Veski_algkool, lk 18
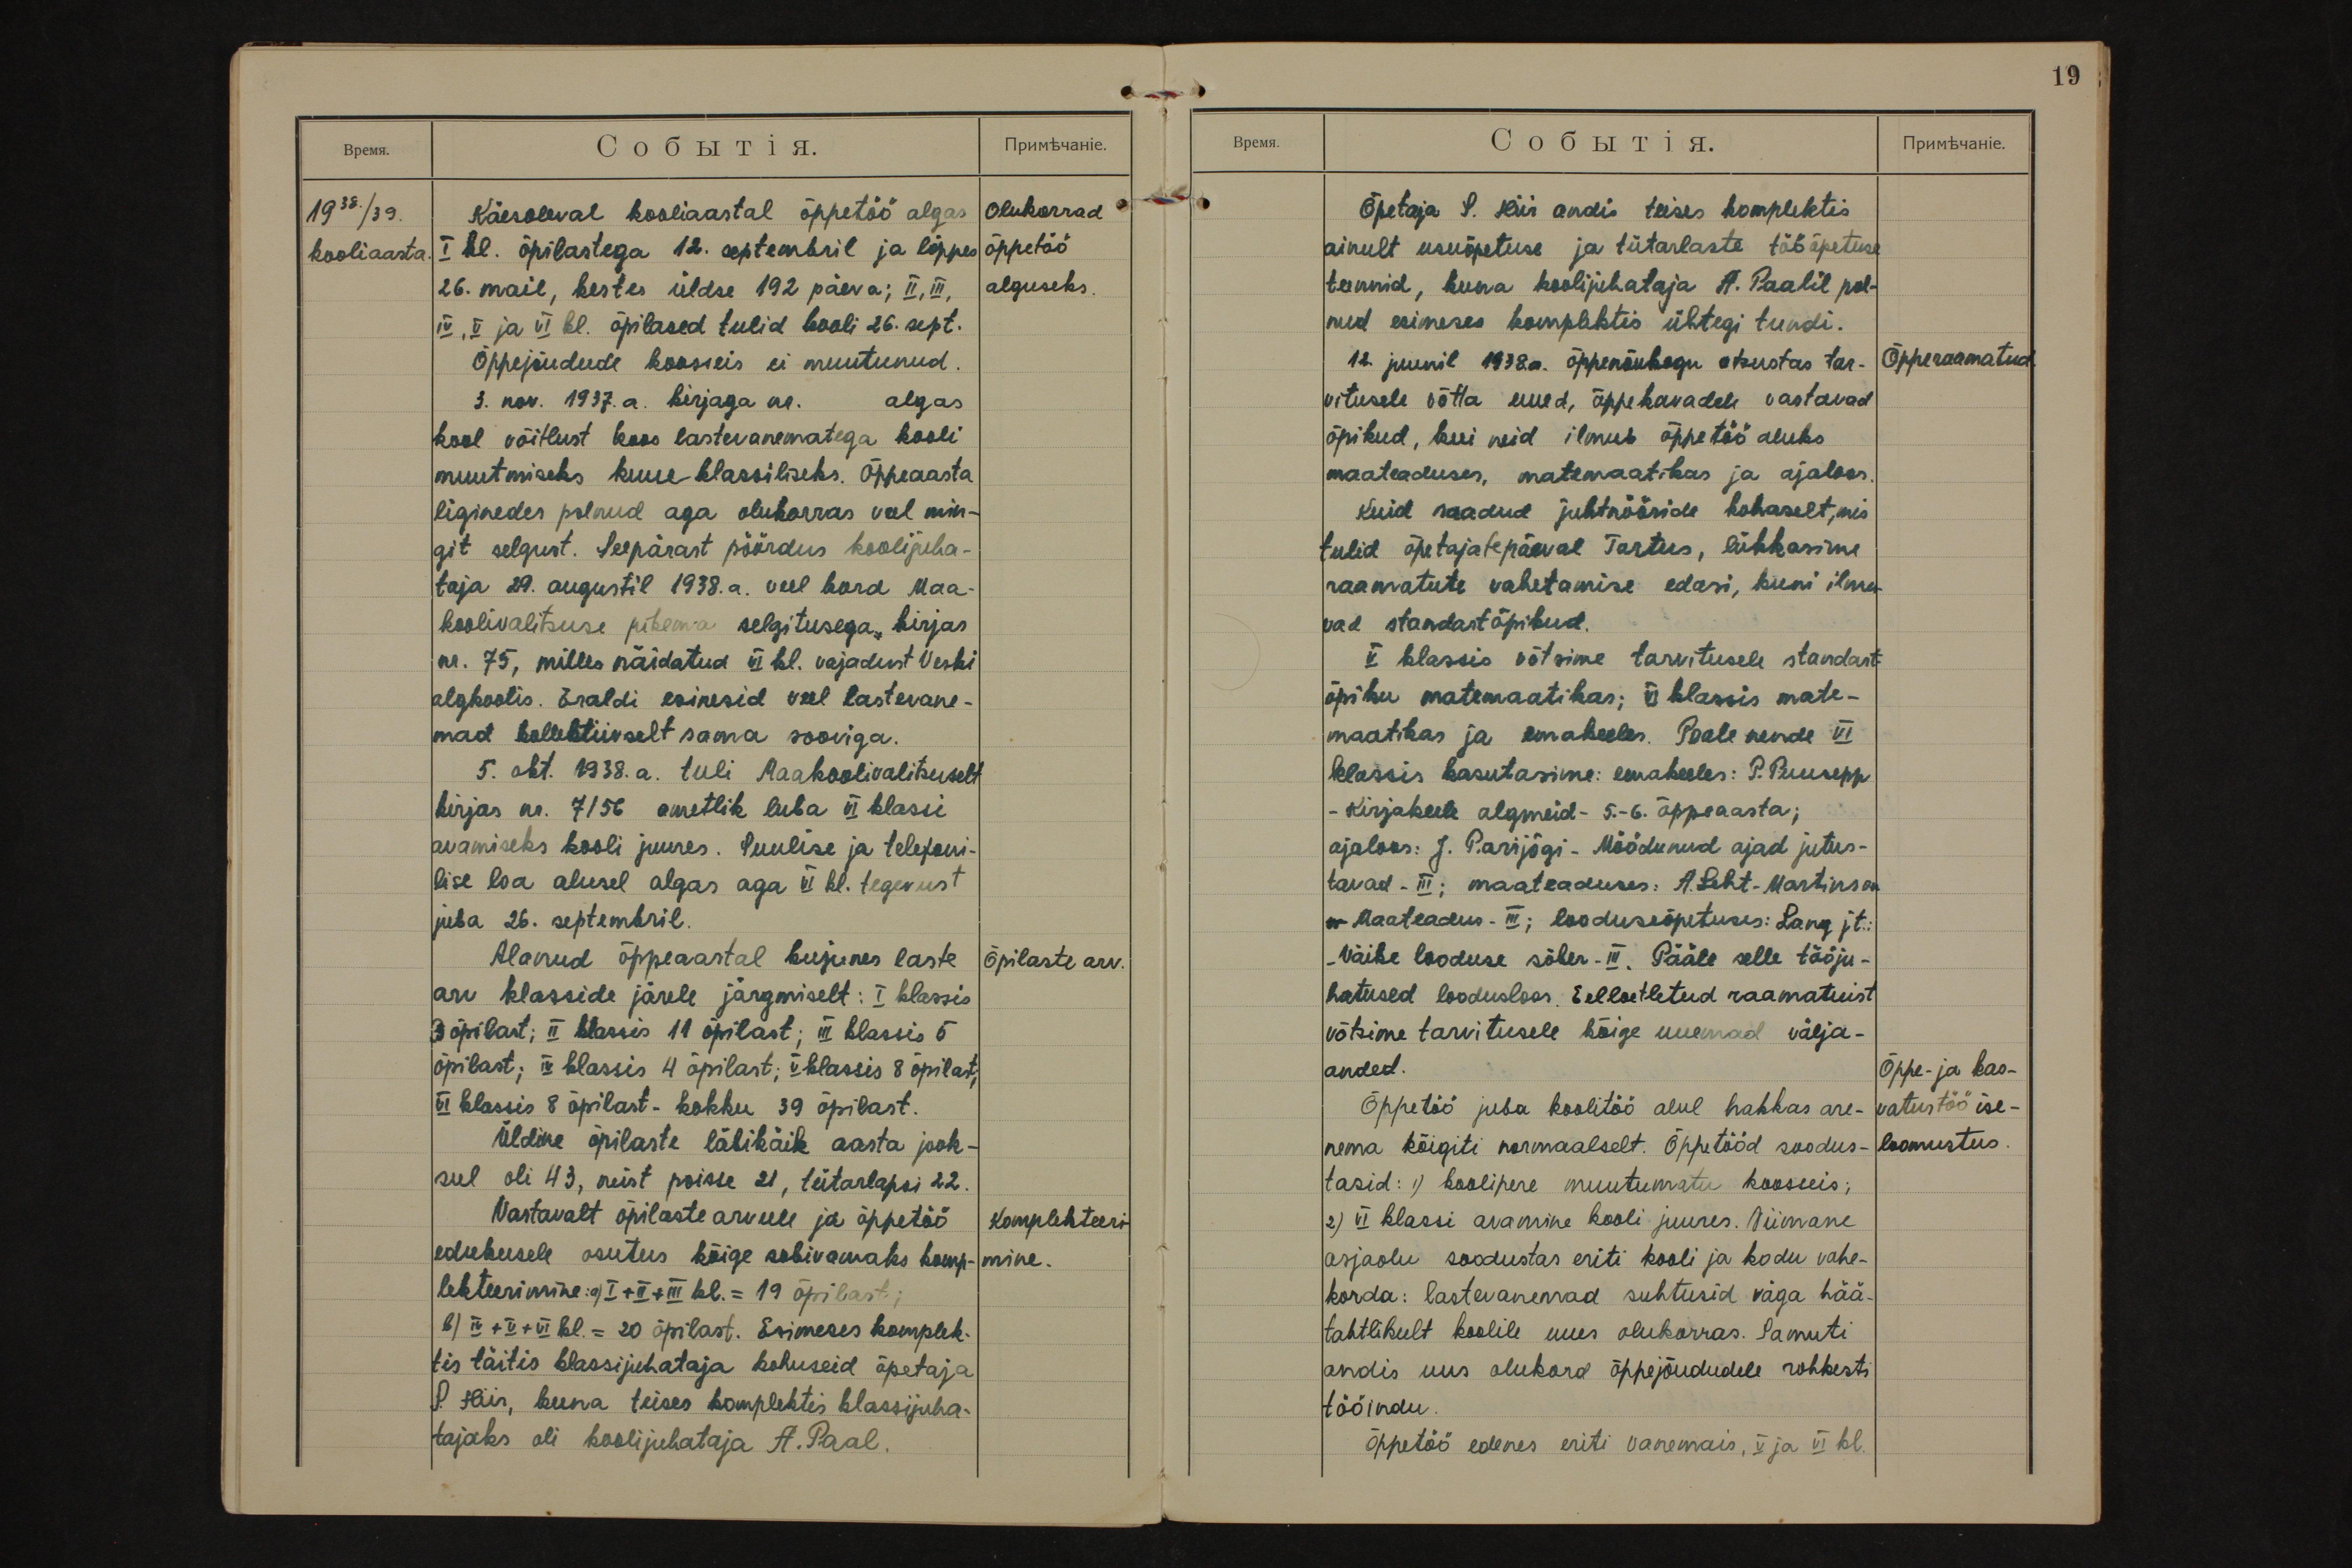
19

1938./39.
kooliaasta.
Olukorrad
õppetöö
alguseks.
Käesoleval kooliaastal õppetöö algas
I kl. õpilastega 12. septembril ja lõppes
26. mail, kestes üldse 192 päeva; II, III,
IV, V ja VI kl. õpilased tulid kooli 26. sept.
Õppejõudude koosseis ei muutunud.
3. nov. 1937. a. kirjaga nr.  algas
kool võitlust koos lastevanematega kooli
muutmiseks kuue klassiliseks. Õppeaasta
liginedes polnud aga olukorras veel min-
git selgust. Seepärast pöördus koolijuha-
taja 29. augustil 1938.a. veel kord Maa-
koolivalitsuse pikema selgitusega kirjas
nr. 75, milles näidatud VI kl. vajadust Veski
algkoolis. Eraldi esinesid veel lastevane-
mad kollektiivselt sama sooviga.
5. okt. 1938.a. tuli Maakoolivalitsuselt
kirjas nr. 7156 ametlik luba VI klassi
avamiseks kooli juures. Suulise ja telefoni-
lise loa alusel algas aga VI kl. tegevust
juba 26. septembril.
Õpilaste arv.
Alanud õppeaastal kujunes laste
arv klasside järele järgmiselt: I klassis
3 õpilast; II klassis 11 õpilast; III klassis 5
õpilast; IV klassis 4 õpilast; V klassis 8 õpilast;
VI klassis 8 õpilast - kokku 39 õpilast.
Üldine õpilaste läbikäik aasta jook-
sul oli 43, neist poisse 21, tütarlapsi 22.
Komplekteeri-
mine.
Vastavalt õpilaste arvule ja õppetöö
edukusele osutus kõige sobivamaks komp-
lekteerimine: a) I +II +III kl. = 19 õpilast;
b) IV +V +VI kl. = 20 õpilast. Esimeses komplek-
tis täitis klassijuhataja kohuseid õpetaja
S. Hiir, kuna teises komplektis klassijuha-
tajaks oli koolijuhataja A. Paal.

Õpetaja S. Hiir andis teises komplektis
ainult usuõpetuse ja tütarlaste tööõpetuse
tunnid, kuna koolijuhataja A. Paalil pol-
nud esimeses komplektis ühtegi tundi.
Õpperaamatud.
12. juunil 1938. a. õppenõukogu otsustas tar-
vitusele võtta uued, õppekavadele vastavad
õpikud, kui neid ilmub õppetöö aluks
maateaduses, matemaatikas ja ajaloos.
Kuid saadud juhtnööride kohaselt, mis
tulid õpetajatepäeval Tartus, lükkasime
raamatute vahetamise edasi, kuni ilmu-
vad standartõpikud.
V klassis võtsime tarvitusele standart-
õpiku matemaatikas; VI klassis mate-
maatikas ja emakeeles. Peale nende VI
klassis kasutasime: emakeeles: P. Puusepp
- Kirjakeele algmeid - 5.-6. õppeaasta;
ajaloos: J. Parijõgi - Möödunud ajad jutus-
tavad - III; maateaduses: A. Leht-Martinson
- Maateadus - III; looduseõpetuses: Lang jt.:
- Väike looduse sõber - III. Pääle selle tööju-
hatused loodusloos. Eelloetletud raamatuist
võtsime tarvitusele kõige uuemad välja-
anded.
Õppe- ja kas-
vatustöö ise-
loomustus.
Õppetöö juba koolitöö alul hakkas are-
nema kõigiti normaalselt. Õppetööd soodus-
tasid: 1) koolipere muutumatu koosseis;
2) VI klassi avamine kooli juures. Viimane
asjaolu soodustas eriti kooli ja kodu vahe-
korda: lastevanemad suhtusid väga hää-
tahtlikult koolile uues olukorras. Samuti
andis uus olukord õppejõududele rohkesti
tööindu.
Õppetöö edenes eriti vanemais, V ja VI kl.